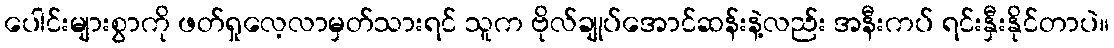
ပေါင်းများစွာကို ဖတ်ရှုလေ့လာမှတ်သားရင် သူက ဗိုလ်ချုပ်အောင်ဆန်းနဲ့လည်း အနီးကပ် ရင်းနှီးနိုင်တာပဲ။